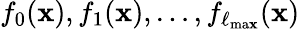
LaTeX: f_{0}(\mathbf{x}),f_{1}(\mathbf{x}),\dots,f_{\ell_{\mathrm{{ma\mathbf{x}}}}}(\mathbf{x})